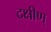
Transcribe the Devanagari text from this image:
दक्षीण्